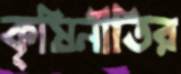
কৃষিনীতির